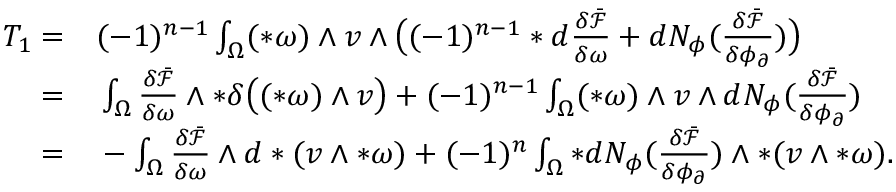
\begin{array} { r l } { T _ { 1 } = } & { { } ( - 1 ) ^ { n - 1 } \int _ { \Omega } ( \ast \omega ) \wedge v \wedge \big ( ( - 1 ) ^ { n - 1 } \ast d \frac { \delta \bar { \mathcal { F } } } { \delta \omega } + d N _ { \phi } ( \frac { \delta \bar { \mathcal { F } } } { \delta \phi _ { \partial } } ) \big ) } \\ { = } & { { } \int _ { \Omega } \frac { \delta \bar { \mathcal { F } } } { \delta \omega } \wedge \ast \delta \big ( ( \ast \omega ) \wedge v \big ) + ( - 1 ) ^ { n - 1 } \int _ { \Omega } ( \ast \omega ) \wedge v \wedge d N _ { \phi } ( \frac { \delta \bar { \mathcal { F } } } { \delta \phi _ { \partial } } ) } \\ { = } & { { } - \int _ { \Omega } \frac { \delta \bar { \mathcal { F } } } { \delta \omega } \wedge d \ast ( v \wedge \ast \omega ) + ( - 1 ) ^ { n } \int _ { \Omega } \ast d N _ { \phi } ( \frac { \delta \bar { \mathcal { F } } } { \delta \phi _ { \partial } } ) \wedge \ast ( v \wedge \ast \omega ) . } \end{array}